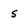
Character: s